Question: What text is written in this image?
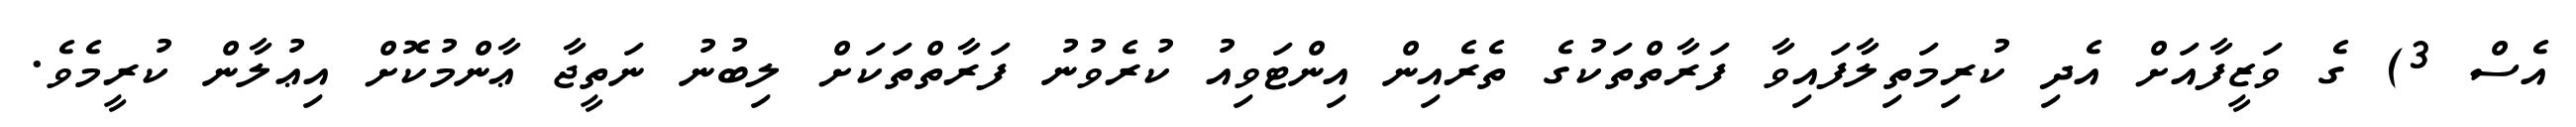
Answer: އެސް 3) ގެ ވަޒީފާއަށް އެދި ކުރިމަތިލާފައިވާ ފަރާތްތަކުގެ ތެރެއިން އިންޓަވިއު ކުރެވުނު ފަރާތްތަކަށް ލިބުނު ނަތީޖާ ޢާންމުކޮށް އިޢުލާން ކުރީމެވެ.